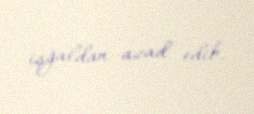
işğaldan azad edib.